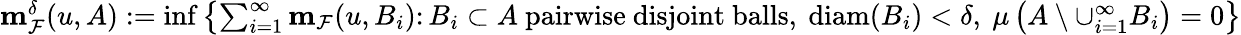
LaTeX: \begin{array}{r}{\mathbf{m}_{\mathcal{F}}^{\delta}(u,A):=\operatorname*{inf}\left\{ \sum_{i=1}^{\infty}\mathbf{m}_{\mathcal{F}}(u,B_{i})\colon B_{i}\subset A\ \mathrm{pairwise~disjoint~balls},\ \textnormal{diam}(B_{i})<\delta,\ \mu\left(A\setminus\cup_{i=1}^{\infty}B_{i}\right)=0\right\} }\end{array}